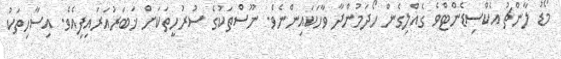
މޯޑު ލާންޗު އެކްސިޑެންޓްވެ ގެއްލިގެން ހޯދަމުންދާ ވާހަކައިންނެވެ. ނޫސްތަކުގެ ސުރުހީތަކަށް ޚަބަރުއަރައިފިއެވެ. އިސާހިތަކު